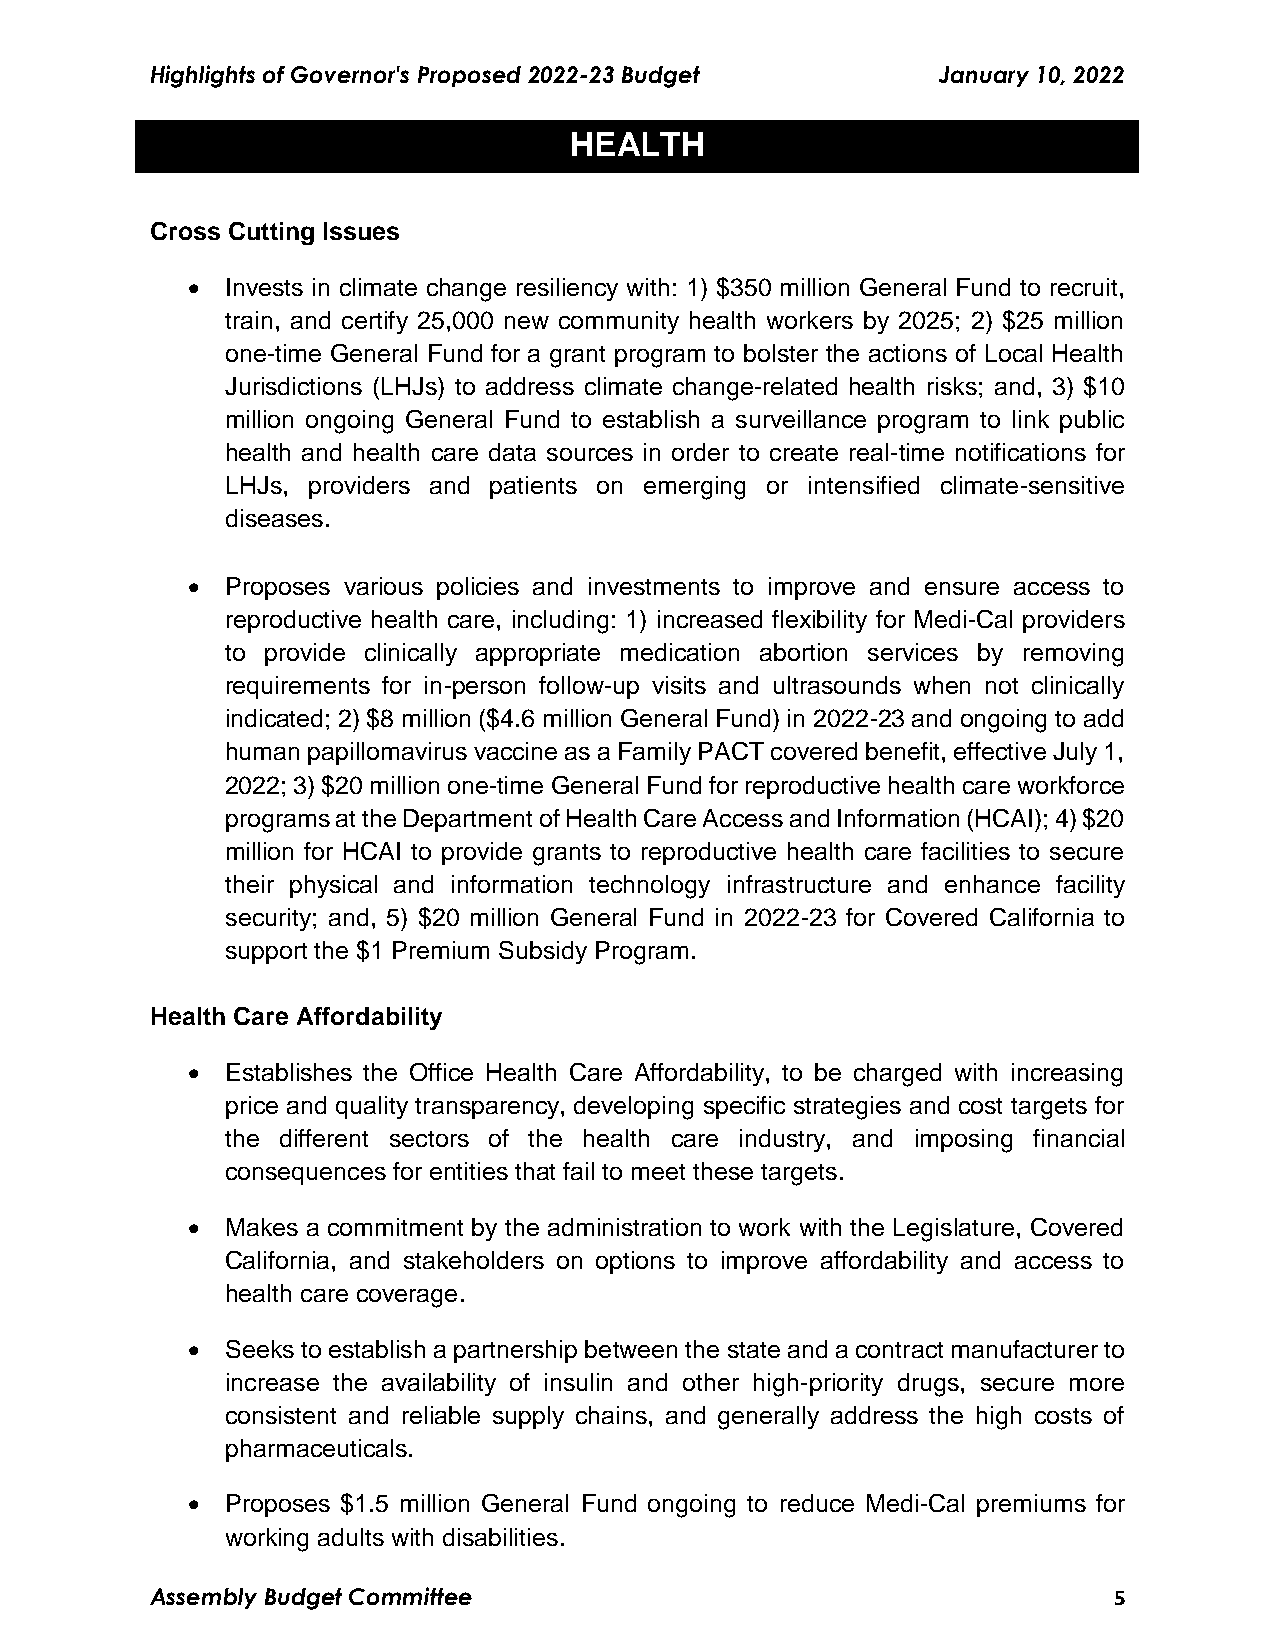
Highlights of Governor's Proposed 2022-23 Budget    January 10, 2022
 HEALTH
 Cross Cutting Issues
   Invests in climate change resiliency with: 1) $350 million General Fund to recruit,
 train, and certify 25,000 new community health workers by 2025; 2) $25 million
 one-time General Fund for a grant program to bolster the actions of Local Health
 Jurisdictions (LHJs) to address climate change-related health risks; and, 3) $10
 million ongoing General Fund to establish a surveillance program to link public
 health and health care data sources in order to create real-time notifications for
 LHJs, providers and patients on emerging or intensified climate-sensitive
 diseases.
   Proposes various policies and investments to improve and ensure access to
 reproductive health care, including: 1) increased flexibility for Medi-Cal providers
 to provide clinically appropriate medication abortion services by removing
 requirements for in-person follow-up visits and ultrasounds when not clinically
 indicated; 2) $8 million ($4.6 million General Fund) in 2022-23 and ongoing to add
 human papillomavirus vaccine as a Family PACT covered benefit, effective July 1,
 2022; 3) $20 million one-time General Fund for reproductive health care workforce
 programs at the Department of Health Care Access and Information (HCAI); 4) $20
 million for HCAI to provide grants to reproductive health care facilities to secure
 their physical and information technology infrastructure and enhance facility
 security; and, 5) $20 million General Fund in 2022-23 for Covered California to
 support the $1 Premium Subsidy Program.
 Health Care Affordability
   Establishes the Office Health Care Affordability, to be charged with increasing
 price and quality transparency, developing specific strategies and cost targets for
 the different sectors of the health care industry, and imposing financial
 consequences for entities that fail to meet these targets.
   Makes a commitment by the administration to work with the Legislature, Covered
 California, and stakeholders on options to improve affordability and access to
 health care coverage.
   Seeks to establish a partnership between the state and a contract manufacturer to
 increase the availability of insulin and other high-priority drugs, secure more
 consistent and reliable supply chains, and generally address the high costs of
 pharmaceuticals.
   Proposes $1.5 million General Fund ongoing to reduce Medi-Cal premiums for
 working adults with disabilities.
 Assembly Budget Committee                                       5